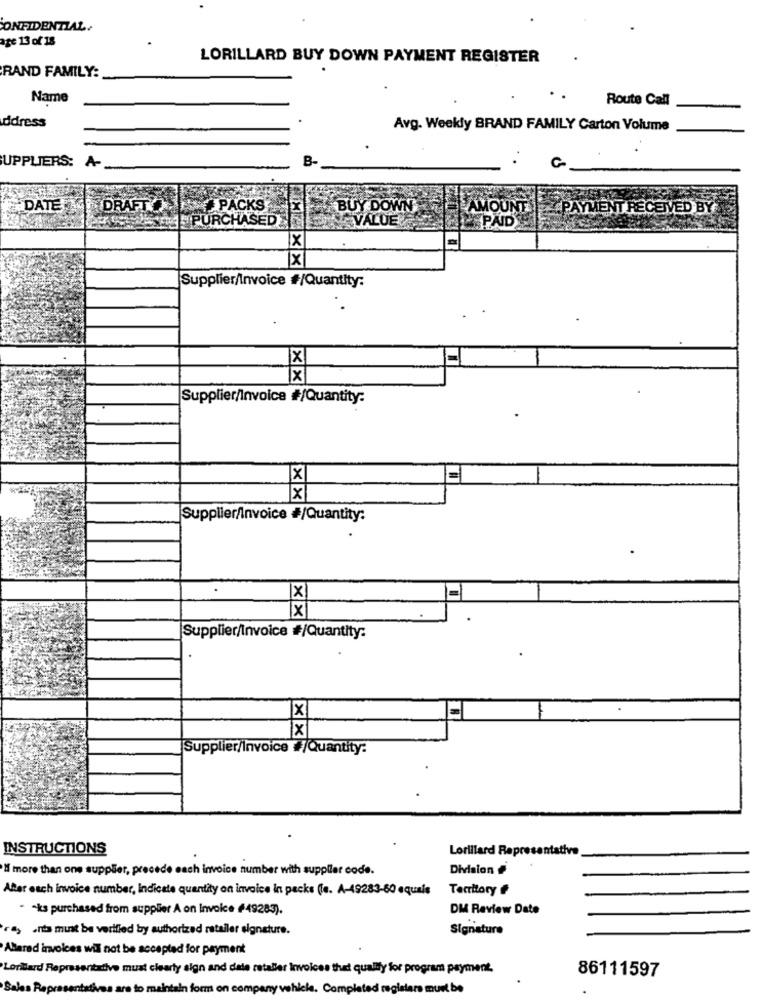
CONFIDENTIAL.
age 13 of 18
LORILLARD BUY DOWN PAYMENT REGISTER
RAND FAMILY:
Name
Route Call
.
ddress
Avg. Weekly BRAND FAMILY Carton Volume
A
B-
UPPLIERS:
DATE
DRAFTO
PACKS
BUY DOWN
AMOUNT
ZPAYMENT RECEIVED BY
SVALUE
PAID
PURCHASED
x
NEXX
Supplier/Invoice #/Quantity:
X
Supplier/Invoice #/Quantity:
X
x
Supplier/Invoice #/Quantity:
XX
Supplier/Invoice #/Quantity:
X
X
Supplier/Invoice /Quantity:
INSTRUCTIONS
Lorillard Representative
'Il more than one supplier, precede each invoice number with suppller code.
Division
After each invoice number, Indicate quantity on invoice in packs (s. A-49283-60 equals
Territory #
. - ks purchased from supplier A on Invoice #49283).
DM Review Date
.. . na must be verified by authorized retailer signature.
Signature
Allered invoices will not be accepted for payment
Lonillard Representative must clearly sign and dale retaller Invoices that qually for program payment,
86111597
Sales Representa
are to maintain form on company vehicle. Completed registers must be